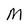
Character: M